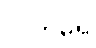
လက်မရှိ